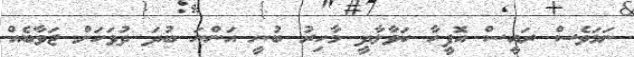
ނަމަވެސް ރައީސް އޮފީހާ ހަވާލާދީ މާހިރު ބުނީ އަންނަ ބުދަ ދުވަހަށް ޖަވާބެއް